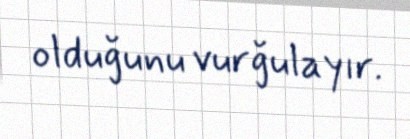
olduğunu vurğulayır.